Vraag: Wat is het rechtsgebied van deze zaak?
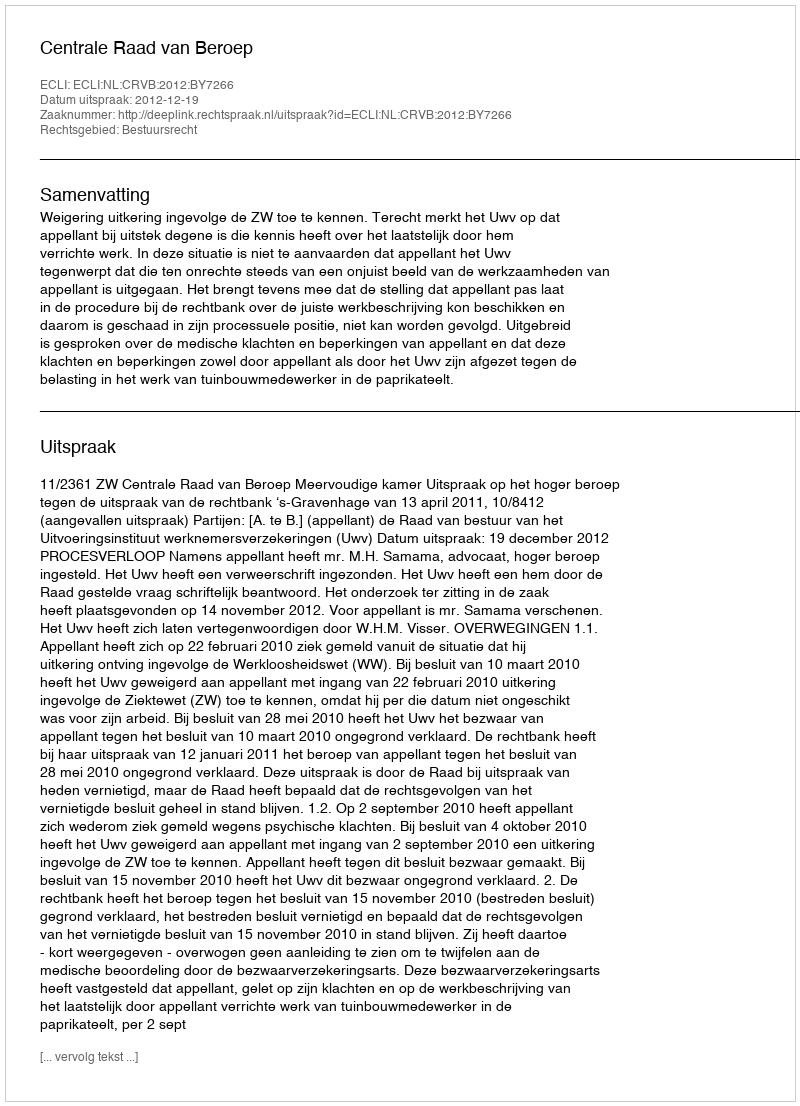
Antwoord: Bestuursrecht